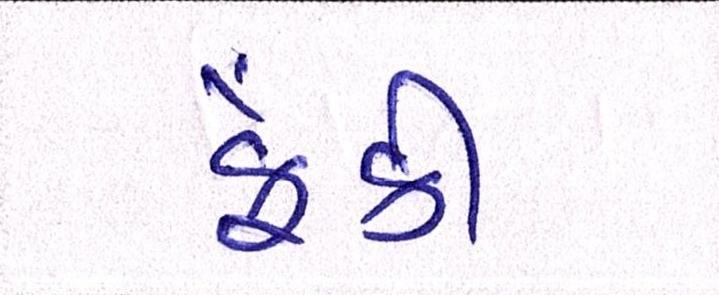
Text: ફેંકી